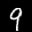
Label: 9